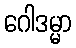
ဂေါဒမ္မာ